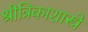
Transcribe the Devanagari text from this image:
श्रीत्रिकाशास्त्रे